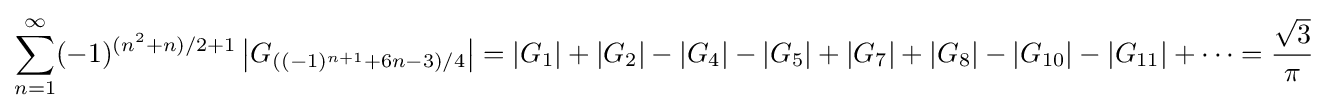
\sum _{n=1}^{\infty }(-1)^{(n^{2}+n)/2+1}\left|G_{\left((-1)^{n+1}+6n-3\right)/4}\right|=|G_{1}|+|G_{2}|-|G_{4}|-|G_{5}|+|G_{7}|+|G_{8}|-|G_{10}|-|G_{11}|+\cdots ={\frac {\sqrt {3}}{\pi }}